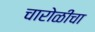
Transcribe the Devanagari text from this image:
चारोळीचा